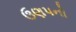
ઉણપનો